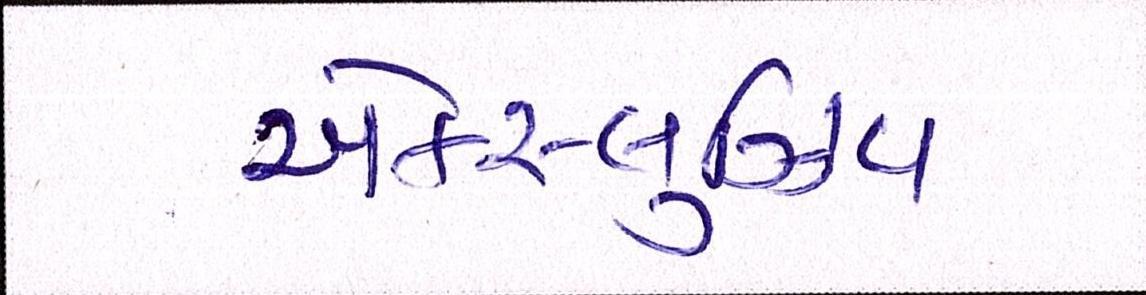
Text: એક્સ્લુઝિવ